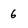
Character: 6